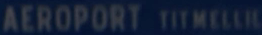
AEROPORT TITMELL